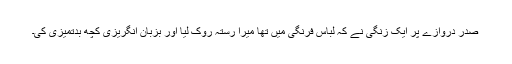
صدر دروازے پر ایک زنگی نے کہ لباسِ فرنگی میں تھا میرا رستہ روک لیا اور بزبانِ انگریزی کچھ بدتمیزی کی۔